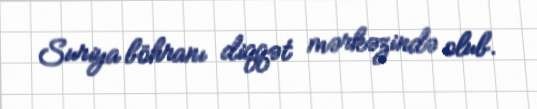
Suriya böhranı diqqət mərkəzində olub.